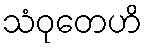
သံဝုတေဟိ